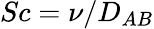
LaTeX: Sc=\nu/D_{AB}